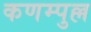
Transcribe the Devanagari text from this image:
कणम्पुल्ल